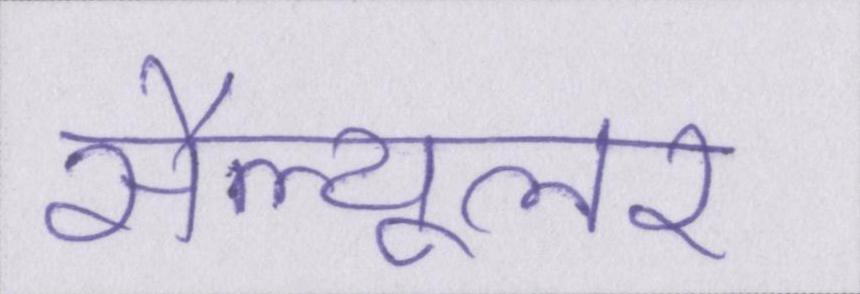
सैल्यूलर